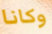
وكانا